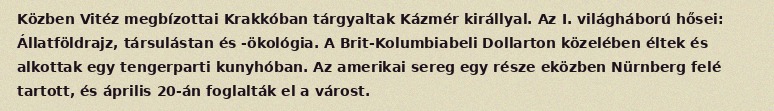
Közben Vitéz megbízottai Krakkóban tárgyaltak Kázmér királlyal. Az I. világháború hősei: Állatföldrajz, társulástan és -ökológia. A Brit-Kolumbiabeli Dollarton közelében éltek és alkottak egy tengerparti kunyhóban. Az amerikai sereg egy része eközben Nürnberg felé tartott, és április 20-án foglalták el a várost.